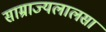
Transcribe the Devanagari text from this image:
साम्राज्यलालसा